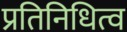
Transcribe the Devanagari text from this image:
प्रतिनिधित्व